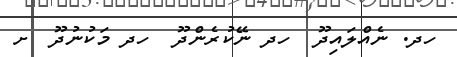
ހދ. ނެއްލައިދޫ  ހދ ނޭކުރެންދޫ  ހދ މަކުނުދޫ  ށ